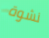
نشوة